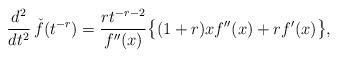
LaTeX: \begin{align*}{d^2\over dt^2}\,\check f(t^{-r})={rt^{-r-2}\over f''(x)}\bigl\{(1+r)xf''(x)+rf'(x)\bigr\},\end{align*}